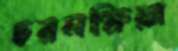
চরলক্ষিয়া